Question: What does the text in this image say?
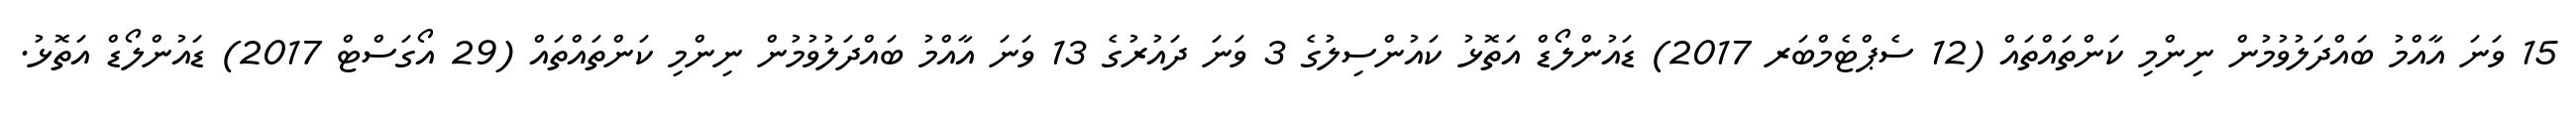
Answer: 15 ވަނަ އާއްމު ބައްދަލުވުމުން ނިންމި ކަންތައްތައް (12 ސެޕްޓެމްބަރ 2017) ޑައުންލޯޑް އަތޮޅު ކައުންސިލުގެ 3 ވަނަ ދައުރުގެ 13 ވަނަ އާއްމު ބައްދަލުވުމުން ނިންމި ކަންތައްތައް (29 އޯގަސްޓް 2017) ޑައުންލޯޑް އަތޮޅު.